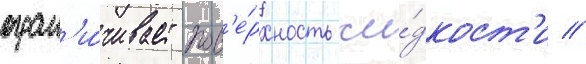
огран'и́чивает пов'е́рхность жи́дкост'и //